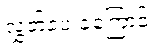
လွှတ်ပေးခဲ့ကြောင်း